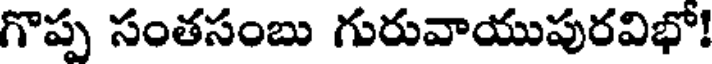
గొప్ప సంతసంబు గురువాయుపురవిభో!